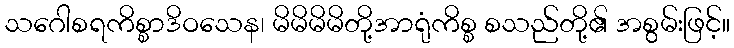
သဂေါစရကိစ္စာဒိဝသေန၊ မိမိမိမိတို့အာရုံကိစ္စ စသည်တို့၏ အစွမ်းဖြင့်။